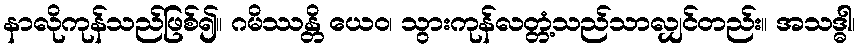
နာလိုကုန်သည်ဖြစ်၍။ ဂမိဿန္တိ ယေဝ၊ သွားကုန်လတ္တံ့သည်သာလျှင်တည်း။ အသဒ္ဓါ၊